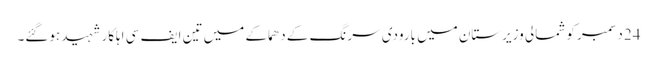
24 دسمبر کو شمالی وزیرستان میں بارودی سرنگ کے دھماکے میں تین ایف سی اہلکار شہید ہوگئے۔